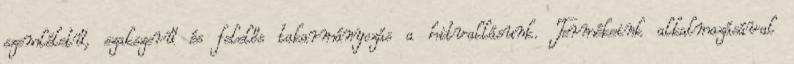
szemléletű, szakszerű és felelős takarmányozás a hitvallásunk. Termékeink alkalmazásával